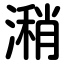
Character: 潲